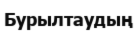
Бурылтаудың